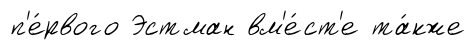
п'е́рвого Эстман вм'е́ст'е та́кже